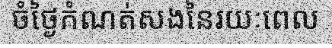
ចំថ្ងៃកំណត់សងនៃរយៈពេល